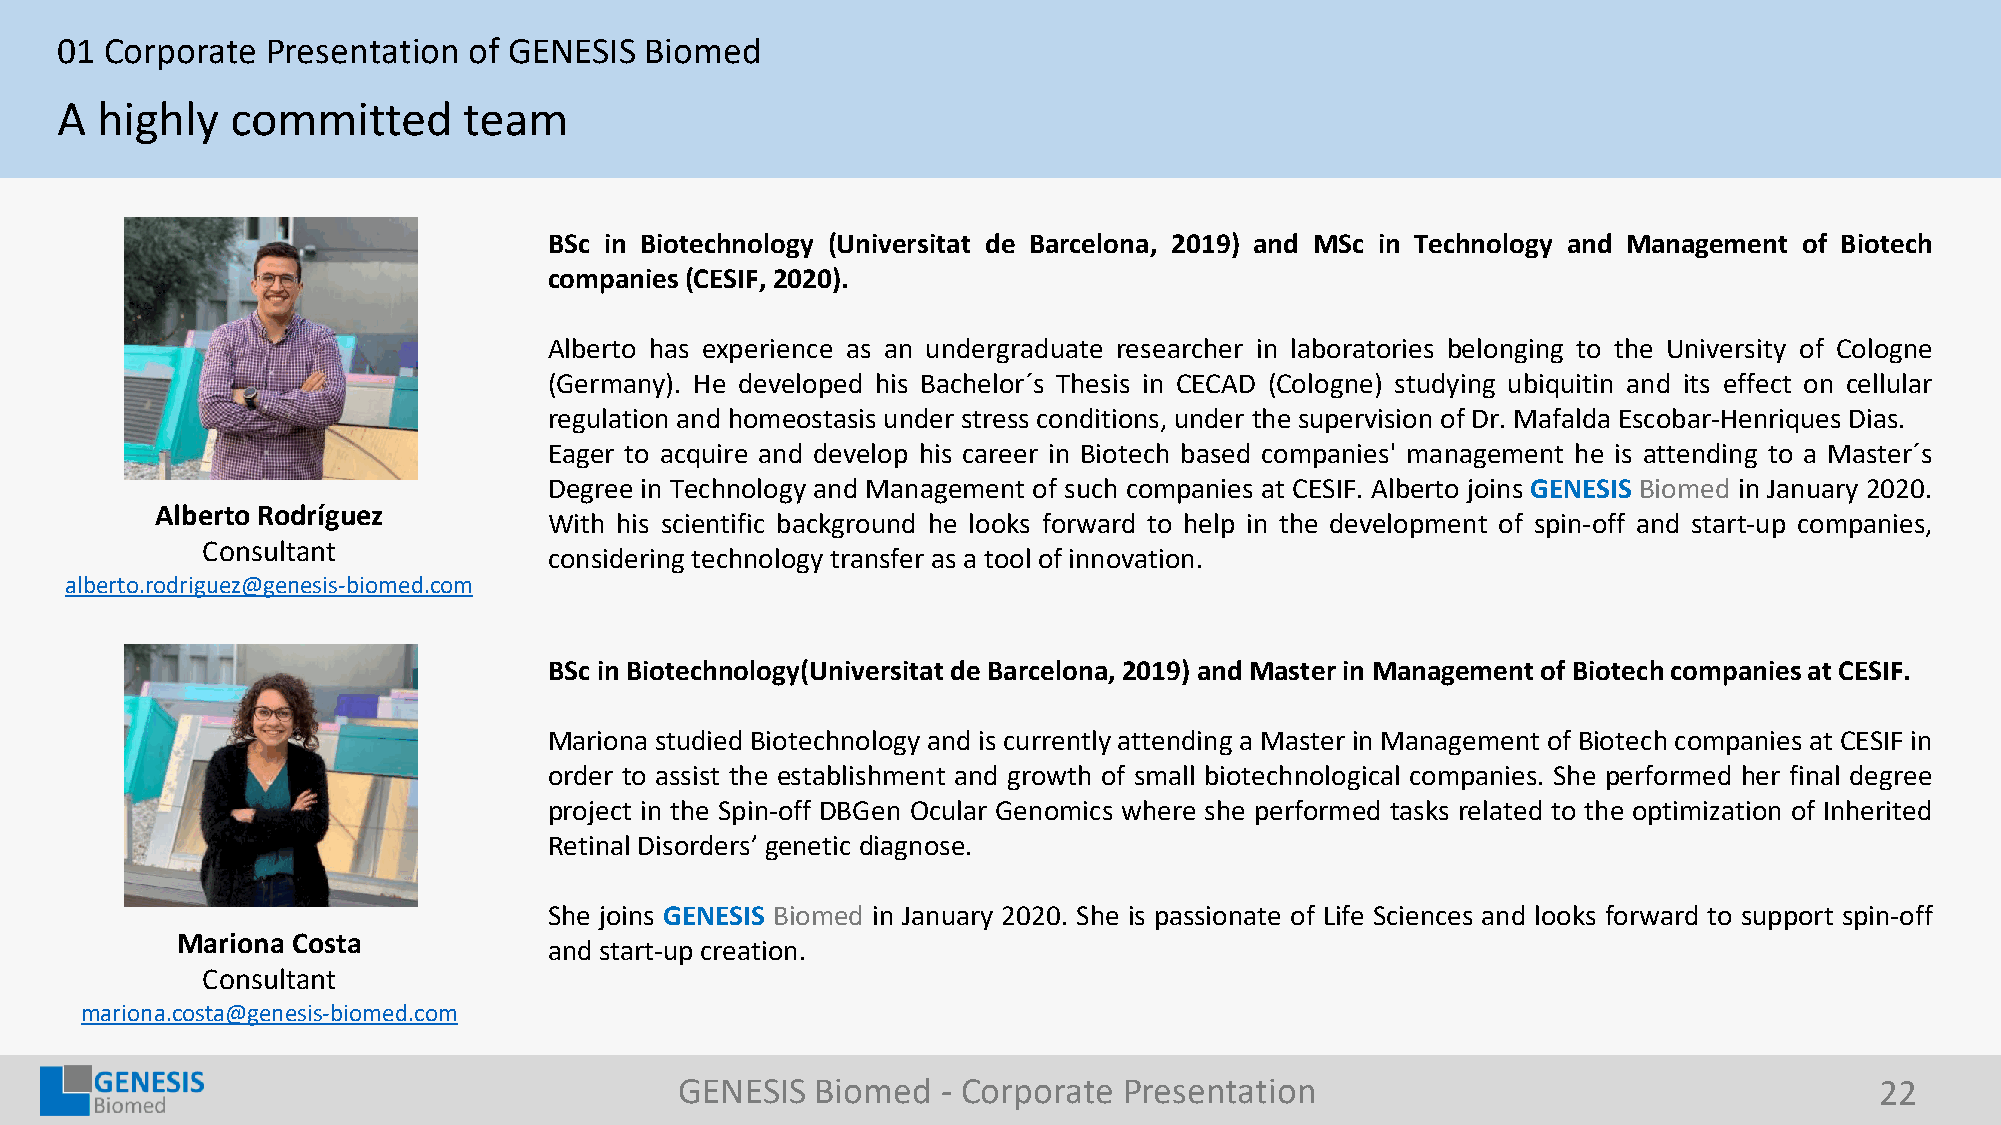
01 Corporate  Presentation of GENESIS  Biomed
 A highly   committed       team
 BSc in Biotechnology (Universitat de Barcelona, 2019) and MSc in Technology and Management of Biotech
 companies(CESIF, 2020).
 Alberto has experience as an undergraduate researcher in laboratories belonging to the University of Cologne
 (Germany). He developed his Bachelor´s Thesis in CECAD (Cologne) studying ubiquitin and its effect on cellular
 regulation and homeostasis under stress conditions, under the supervision of Dr.Mafalda Escobar-Henriques Dias.
 Eager to acquire and develop his career in Biotech based companies' management he is attending to a Master´s
 Degree in Technology and Management of such companies at CESIF. Alberto joins GENESIS Biomed in January 2020.
 Alberto Rodríguez
 With his scientific background he looks forward to help in the development of spin-off and start-up companies,
 Consultant
 considering technology transfer as a tool of innovation.
 alberto.rodriguez@genesis-biomed.com
 BSc in Biotechnology(Universitatde Barcelona,2019) andMasterin ManagementofBiotechcompaniesat CESIF.
 Mariona studied Biotechnology and is currently attending a Master in Management of Biotech companies at CESIF in
 order to assist the establishment and growth of small biotechnological companies. She performed her final degree
 project in the Spin-off DBGen Ocular Genomics where she performed tasks related to the optimization of Inherited
 Retinal Disorders’ genetic diagnose.
 She joins GENESIS Biomed in January 2020. She is passionate of Life Sciences and looks forward to support spin-off
 Mariona Costa
 and start-up creation.
 Consultant
 mariona.costa@genesis-biomed.com
 GENESIS  Biomed  - Corporate Presentation                                      22